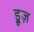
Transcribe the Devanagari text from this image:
ड्रूज़